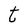
Character: t